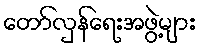
တော်လှန်ရေးအဖွဲ့များ